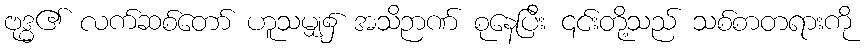
ဗုဒ္ဓ၏ လက်ဆစ်တော် ဟူသမျှ၌ အသိဉာဏ် စုနေပြီး ၎င်းတို့သည် သစ်စာတရားကို